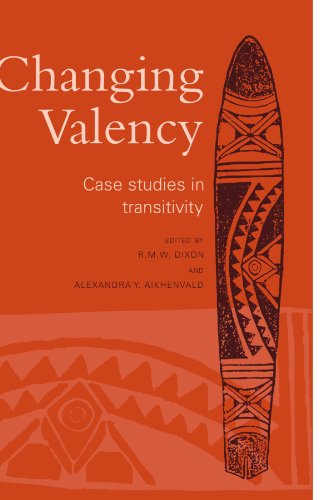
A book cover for Changing Valency: Case Studies in Transitivity; Reference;